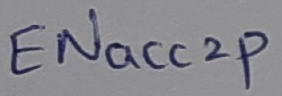
Text: ENacc2p